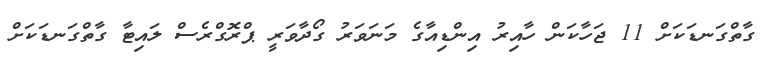
ގާތްގަނޑަކަށް 11 ޖަހާކަން ހާއިރު އިންޑިއާގެ މަނަވަރު ގޯދާވަރީ ޕްރޮގްރެސް ލައިޓާ ގާތްގަނޑަކަށް